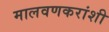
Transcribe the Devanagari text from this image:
मालवणकरांशी